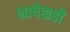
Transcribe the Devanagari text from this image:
भाषेसही